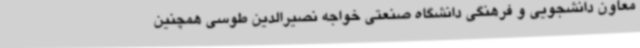
معاون دانشجویی و فرهنگی دانشگاه صنعتی خواجه نصیرالدین طوسی همچنین